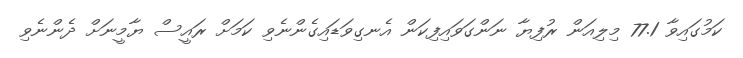
ކަމުގައިވާ 77.1 މިލިއަން ރުފިޔާ ނަންގަވައިފިކަން އެނގިވަޑައިގެންނެވި ކަމަށް ރައީސް ޔާމީނަށް ދެންނެވި